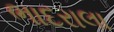
ભાદરાલા